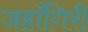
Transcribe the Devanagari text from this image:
जहाँगिरी